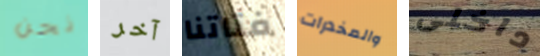
نحن آخر فتاتنا والمخدرات داخلى